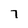
Character: 7